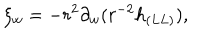
\xi _ { w } = - r ^ { 2 } \partial _ { w } ( r ^ { - 2 } h _ { ( L L ) } ) ,